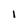
Character: 1